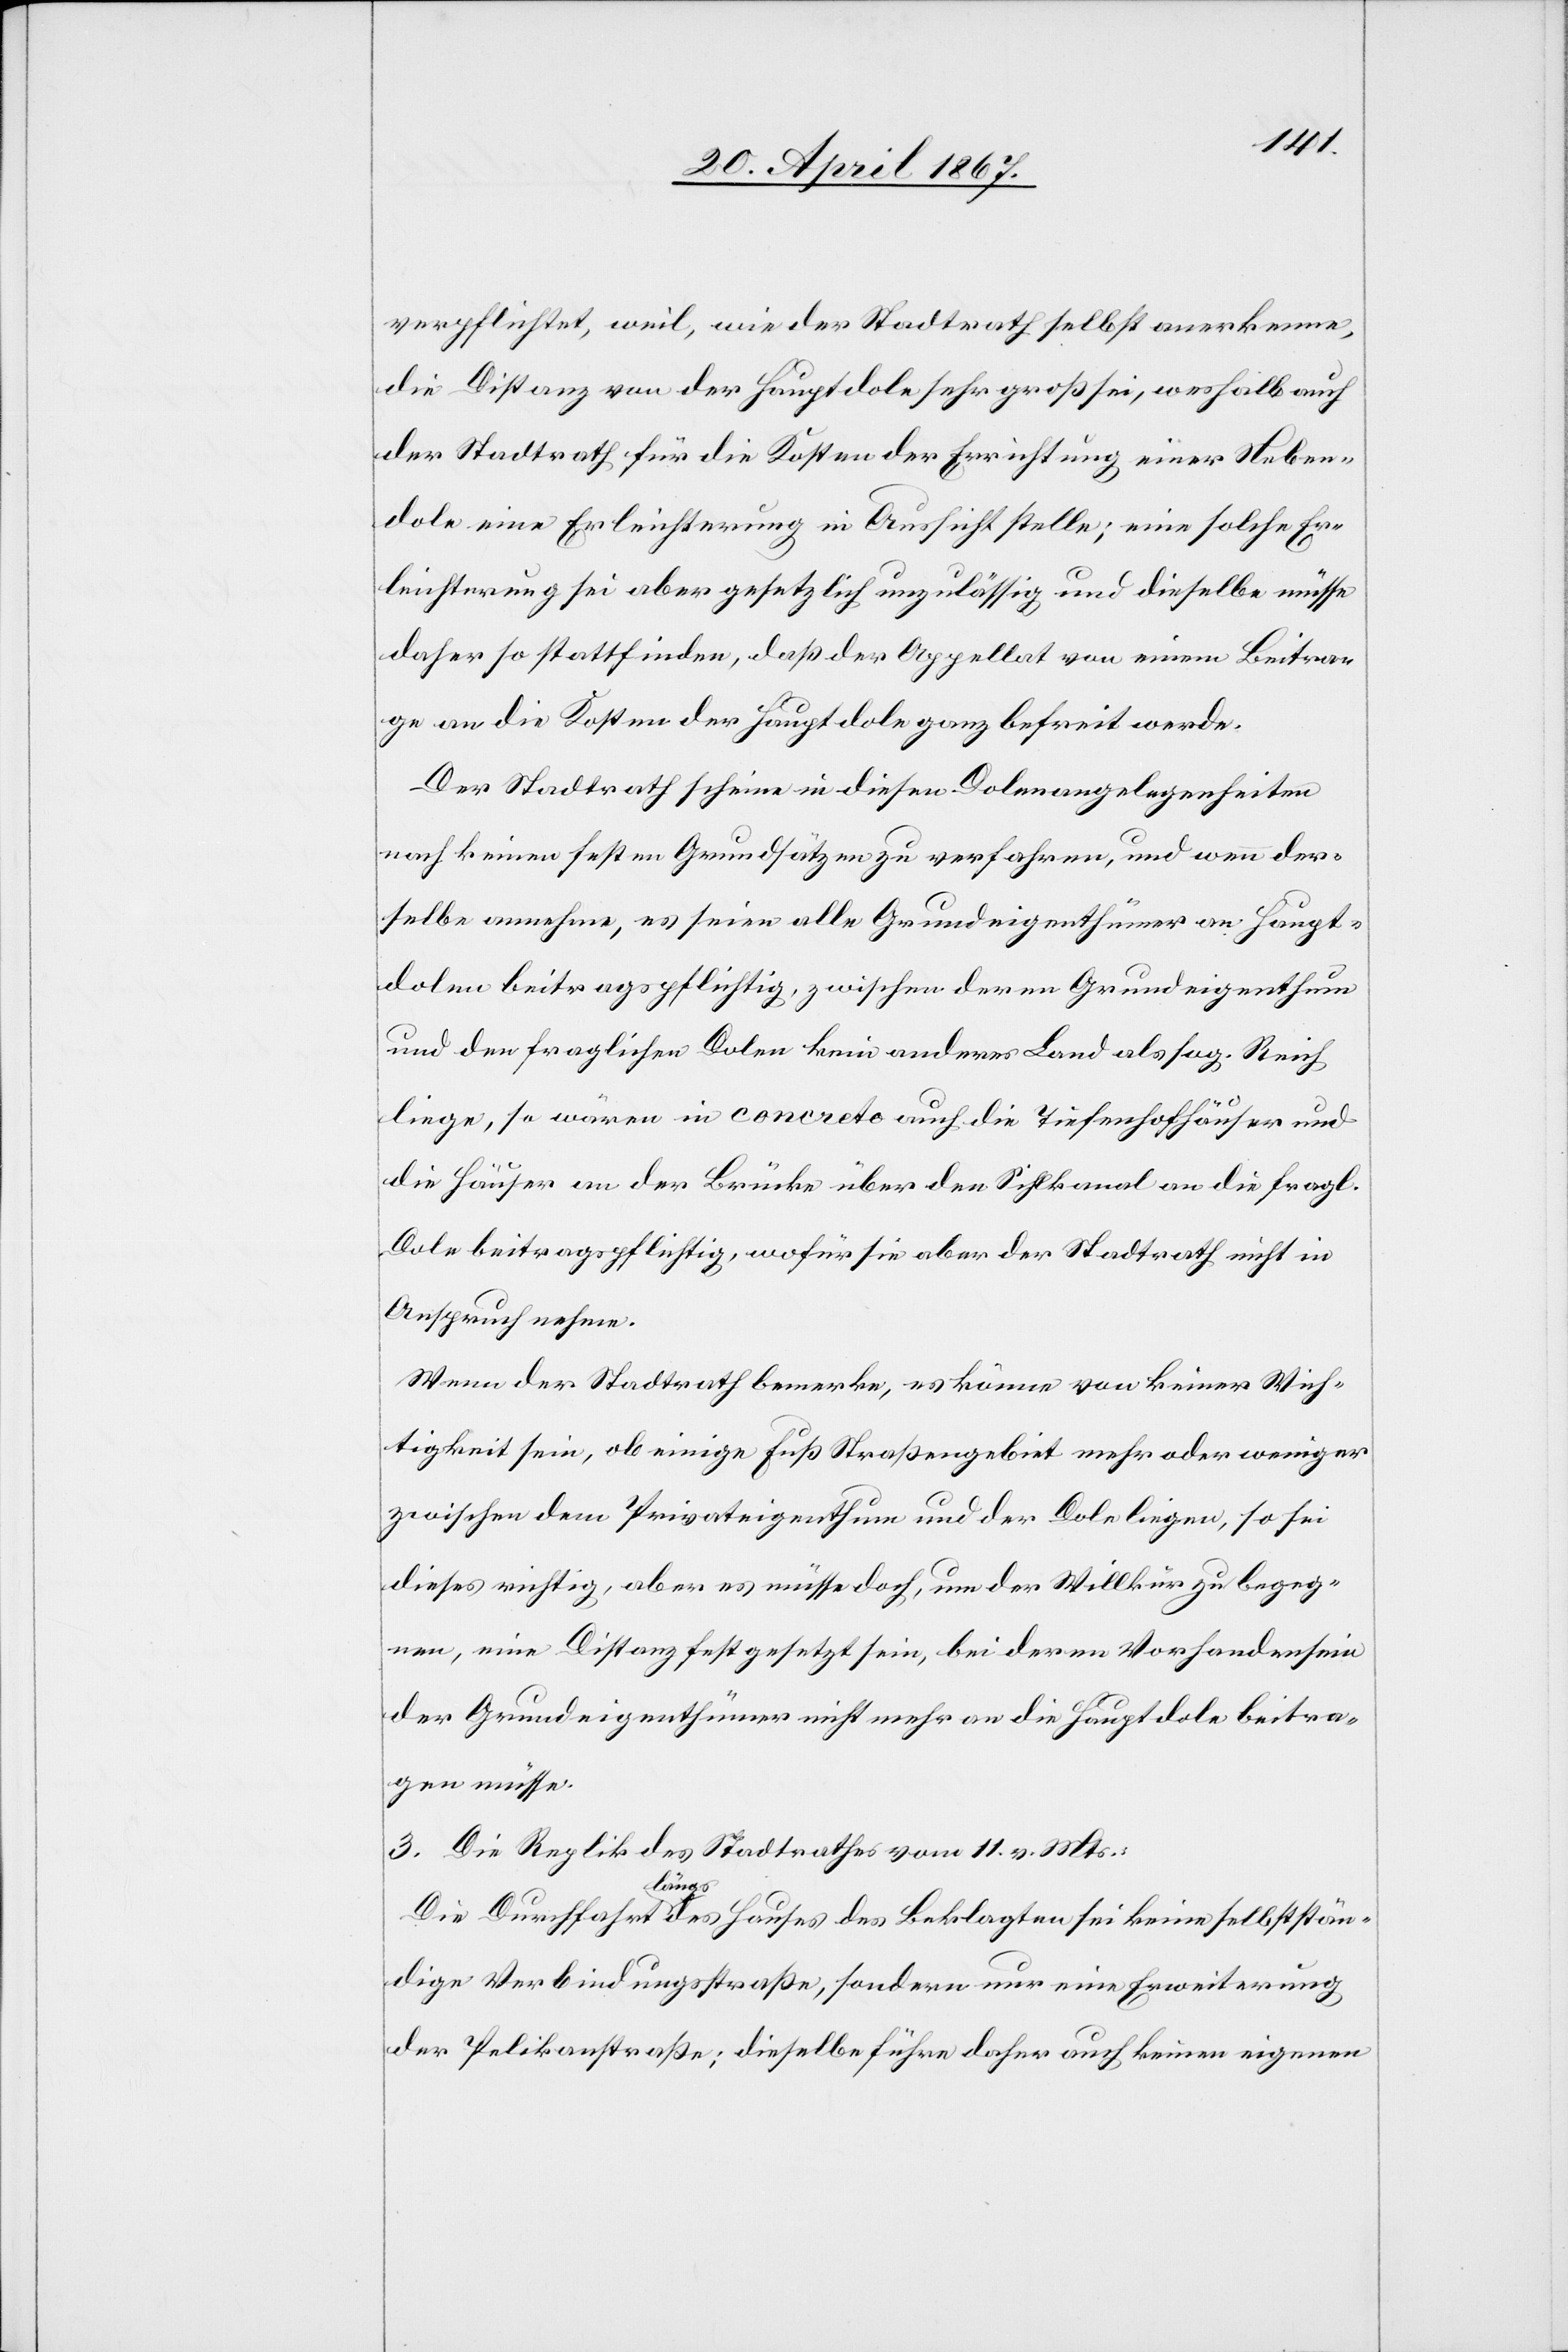
verpflichtet, weil, wie der Stadtrath selbst anerkenne,
die Distanz von der Hauptdole sehr groß sei, weshalb auch
der Stadtrath für die Kosten der Errichtung einer Neben¬
dole eine Erleichterung in Aussicht stelle; eine solche Er¬
leichterung sei aber gesetzlich unzulässig und dieselbe müsse
daher so stattfinden, daß der Appellat von einem Beitra¬
ge an die Kosten der Hauptdole ganz befreit werde.
Der Stadtrath scheine in diesen Dolenangelegenheiten
nach keinen festen Grundsätzen zu verfahren, und wenn der¬
selbe annehme, es seien alle Grundeigenthümer an Haupt¬
dolen beitragspflichtig, zwischen deren Grundeigenthum
und den fraglichen Dolen kein anderes Land als sog. Reich
liege, so wären in concreto auch die Tiefenhofhäuser und
die Häuser an der Brücke über den Sihlkanal an die fragl.
Dole beitragspflichtig, wofür sie aber der Stadtrath nicht in
Anspruch nehme.
Wenn der Stadtrath bemerke, es könne von keiner Wich¬
tigkeit sein, ob einige Fuß Straßengebiet mehr oder weniger
zwischen dem Privateigenthum und der Dole liegen, so sei
dieses richtig, aber es müsse doch, um der Willkür zu begeg¬
nen, eine Distanz festgesetzt sein, bei deren Vorhandensein
der Grundeigenthümer nicht mehr an die Hauptdole beitra¬
gen müsse.
3. Die Replik des Stadtrathes vom 11. v. Mts.:
Die Durchfahrt längs des Hauses des Beklagten sei keine selbststän¬
dige Verbindungsstraße, sondern nur eine Erweiterung
der Pelikanstraße; dieselbe führe daher auch keinen eigenen